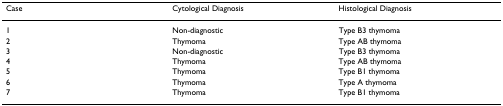
| Case | Cytological Diagnosis | Histological Diagnosis |
 | --- | --- | --- |
 | 1 | Non-diagnostic | Type B3 thymoma |
 | 2 | Thymoma | Type AB thymoma |
 | 3 | Non-diagnostic | Type B3 thymoma |
 | 4 | Thymoma | Type AB thymoma |
 | 5 | Thymoma | Type B1 thymoma |
 | 6 | Thymoma | Type A thymoma |
 | 7 | Thymoma | Type B1 thymoma |